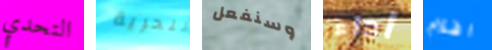
التحدي للحرية وسنفعل أداء افلام